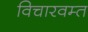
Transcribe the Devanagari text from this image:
विचारवम्त